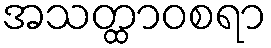
အသတ္ထာဝစရာ